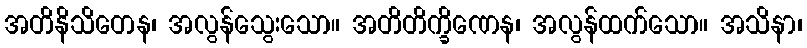
အတိနိသိတေန၊ အလွန်သွေးသော။ အတိတိက္ခိဏေန၊ အလွန်ထက်သော။ အသိနာ၊